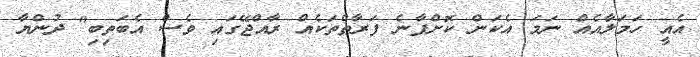
އެއީ ހަމަލާއެއް ނަމަ އެކަން ކޮށްފާނެ ފަރާތްތަކެއް ރާއްޖޭގައި ވެސް އެބަތިބި" ދުންޔާ